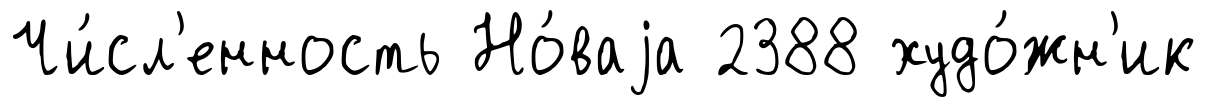
Чи́сл'енность Но́ваjа 2388 худо́жн'ик